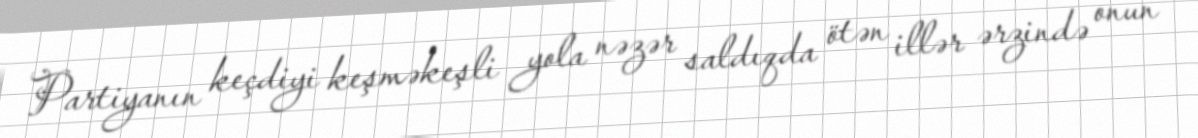
Partiyanın keçdiyi keşməkeşli yola nəzər saldıqda ötən illər ərzində onun